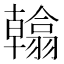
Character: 𮋖